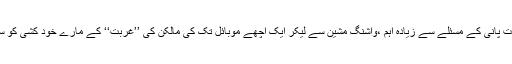
پاک بھارت پانی کے مسئلے سے زیادہ اہم ،واشنگ مشین سے لیکر ایک اچھے موبائل تک کی مالکن کی ’’غربت‘‘ کے مارے خود کشی کو سمجھا گیا۔